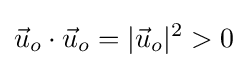
{\vec {u}}_{o}\cdot {\vec {u}}_{o}=|{\vec {u}}_{o}|^{2}>0